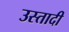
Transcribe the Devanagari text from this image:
उस्तादी